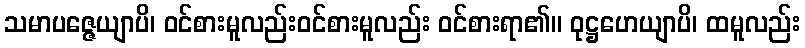
သမာပဇ္ဇေယျာပိ၊ ဝင်စားမူလည်းဝင်စားမူလည်း ဝင်စားရာ၏။ ဝုဋ္ဌဟေယျာပိ၊ ထမူလည်း